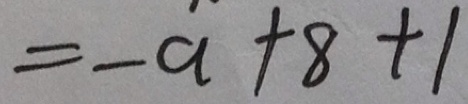
= - a + 8 + 1